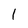
Character: 1